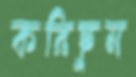
করিছুন